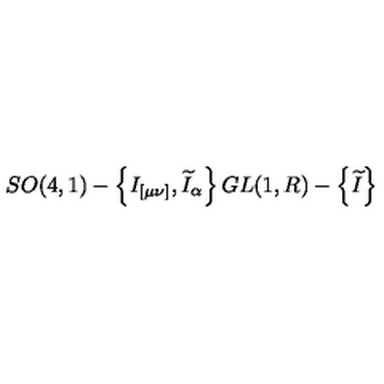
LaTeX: S O ( 4 , 1 ) - \left\{ I _ { [ \mu \nu ] } , \widetilde { I } _ { \alpha } \right\} G L ( 1 , R ) - \left\{ \widetilde { I } \right\}